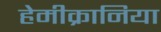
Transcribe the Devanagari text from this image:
हेमीक्रानिया